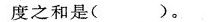
度之和是( )。